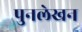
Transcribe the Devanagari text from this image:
पुनलेखन